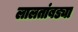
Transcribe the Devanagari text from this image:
लालतांबड्या